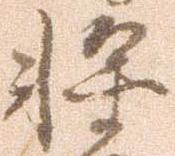
将